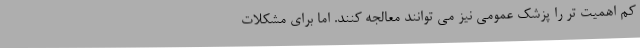
کم اهمیت تر را پزشک عمومی نیز می توانند معالجه کنند. اما برای مشکلات